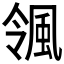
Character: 𮨨